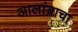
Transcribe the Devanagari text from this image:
आलांब्राचा